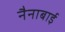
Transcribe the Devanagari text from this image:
नैनाबाई